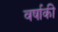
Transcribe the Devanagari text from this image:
वर्षाकी